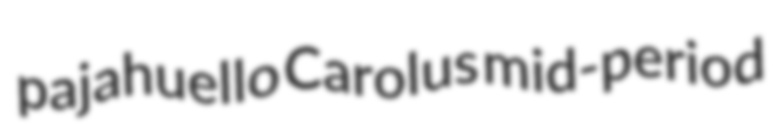
pajahuello Carolus mid-period